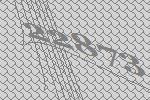
22873